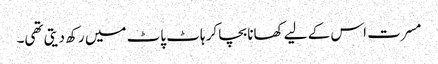
مسرت اس کے لیے کھانا بچا کر ہاٹ پاٹ میں رکھ دیتی تھی۔